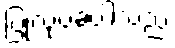
ပြုလုပ်ခဲ့ပါသည်